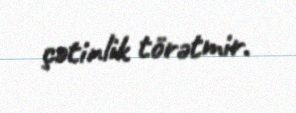
çətinlik törətmir.